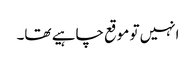
انہیں تو موقع چاہیے تھا۔